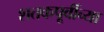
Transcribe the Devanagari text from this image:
शतकपूर्वीच्या